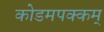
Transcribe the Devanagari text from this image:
कोडमपक्कम्